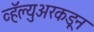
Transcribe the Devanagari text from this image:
व्हॅल्युअरकडून